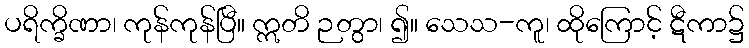
ပရိက္ခိဏာ၊ ကုန်ကုန်ပြီ။ ဣတိ ဉတွာ၊ ၍။ သေသ-ကူ၊ ထိုကြောင့် ဋီကာ၌